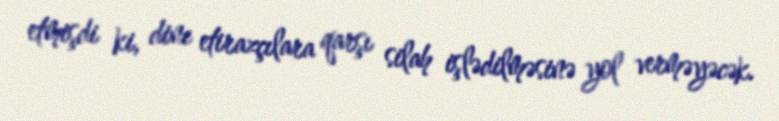
etmişdi ki, dinc etirazçılara qarşı silah işlədilməsinə yol verməyəcək.